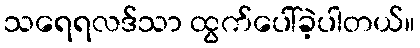
သရေရလဒ်သာ ထွက်ပေါ်ခဲ့ပါတယ်။